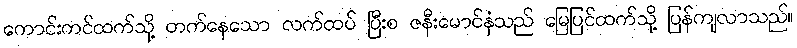
ကောင်းကင်ထက်သို့ တက်နေသော လက်ထပ် ပြီးစ ဇနီးမောင်နှံသည် မြေပြင်ထက်သို့ ပြန်ကျလာသည်။